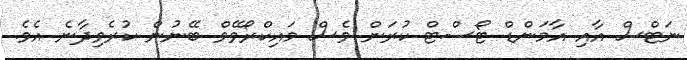
ނަޓްސް އާއި އާމަންޑް ޓޯސްޓް ކުރަން ވެސް މައިކްރޯވޭވް ބޭނުން ކުރެވިދާނެ އެވެ.